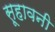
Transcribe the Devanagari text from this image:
सूहावनी